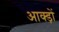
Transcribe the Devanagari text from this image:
आक्ड़ों